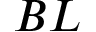
B L